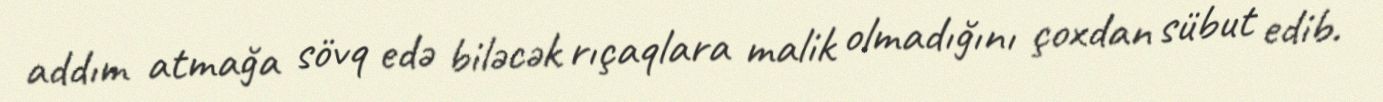
addım atmağa sövq edə biləcək rıçaqlara malik olmadığını çoxdan sübut edib.